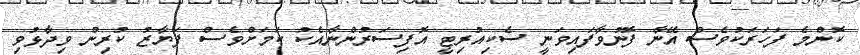
ކޮންމެ ފަހަރަކުވެސް އޭނާ ފޮނުވާފައިވަނީ ސެކިއުރިޓީ އޮފިސަރުންނާއެކު ކަމަށްވެސް ފަޔާޒު ކުރިން ވިދާޅުވި